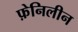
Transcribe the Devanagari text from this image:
फ़ेनिलीन